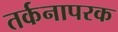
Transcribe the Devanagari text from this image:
तर्कनापरक